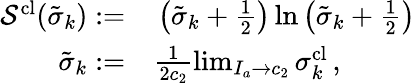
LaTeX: \begin{array}{rl}{\mathcal{S}^{\textrm{cl}}(\tilde{\sigma}_{k}):=}&{{}\left(\tilde{\sigma}_{k}+\frac{1}{2}\right)\ln\left(\tilde{\sigma}_{k}+\frac{1}{2}\right)}\\ {\tilde{\sigma}_{k}:=}&{{}\frac{1}{2c_{2}}\operatorname*{lim}_{I_{a}\to c_{2}}\sigma_{k}^{\textrm{cl}}\, ,}\end{array}